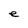
Character: e